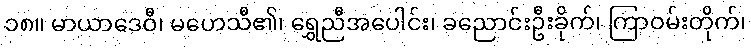
၁၈။ မာယာဒေဝီ၊ မဟေသီ၏၊ ရွှေညီအပေါင်း၊ ခညောင်းဦးခိုက်၊ ကြာဝမ်းတိုက်၊